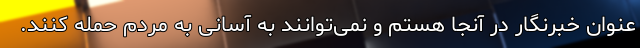
عنوان خبرنگار در آنجا هستم و نمی‌توانند به آسانی به مردم حمله کنند.